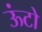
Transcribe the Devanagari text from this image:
ऊंटो